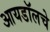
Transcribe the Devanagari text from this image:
आयडॉलचे